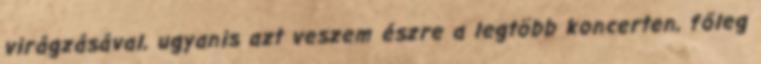
virágzásával, ugyanis azt veszem észre a legtöbb koncerten, főleg